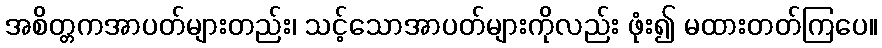
အစိတ္တကအာပတ်များတည်း၊ သင့်သောအာပတ်များကိုလည်း ဖုံး၍ မထားတတ်ကြပေ။